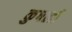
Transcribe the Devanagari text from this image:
कुषली